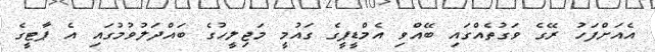
އެއަށްފަހު ރޭގެ ވަގުތެއްގައި ބޭއްވި އެމްޑީޕީގެ ގައުމީ މަޖިލީހުގެ ބައްދަލުވުމުގައި އެ ޕާޓީގެ